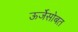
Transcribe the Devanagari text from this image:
ऊर्जेसोबत